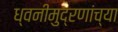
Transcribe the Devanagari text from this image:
ध्वनीमुद्रणांच्या